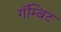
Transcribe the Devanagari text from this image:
गॅम्बिट